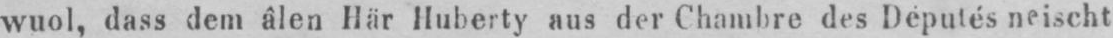
wuol, dass dem âlen Här Huberty aus der Chambre des Députés neischt